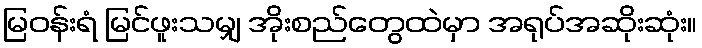
မြဝန်းရံ မြင်ဖူးသမျှ အိုးစည်တွေထဲမှာ အရုပ်အဆိုးဆုံး။